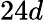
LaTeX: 24d